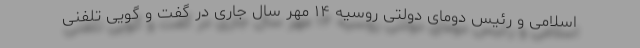
اسلامی و رئیس دومای دولتی روسیه ۱۴ مهر سال جاری در گفت و گویی تلفنی